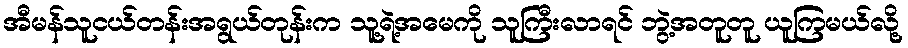
အီမန်သူငယ်တန်းအရွယ်တုန်းက သူ့ရဲ့အမေကို သူကြီးလာရင် ဘွဲ့အတူတူ ယူကြမယ်လို့